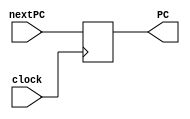
// Universidade Federal Rural de Pernambuco
// Curso: Licenciatura em Computao
// Disciplina: Arquitetura de Computadores
// Professor: Victor Coutinho
// Alunos: Csar Henrique, Kleyton Clementino, Huan Christopher
// Atividade Prtica 2 VA

module PC (input [31:0] nextPC,input clock,output reg [31:0]PC);
    always@(posedge clock)
    begin
        PC = nextPC;
    end
endmodule